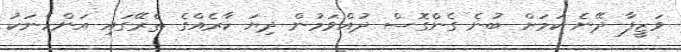
ވަޒީފާ ދޭނެ ކަމަށް ބުނެ ގެންގޮސް ދުއްވަމުން ދިޔަ ކާރެއްގެ ތެރޭގައި އަންހެނަކު